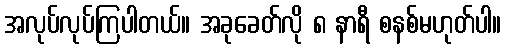
အလုပ်လုပ်ကြပါတယ်။ အခုခေတ်လို ၈ နာရီ စနစ်မဟုတ်ပါ။